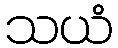
သယံ